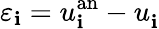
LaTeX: \varepsilon_{\mathbf{i}}=u_{\mathbf{i}}^{\mathrm{{an}}}-u_{\mathbf{i}}^{\phantom{}}